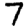
Digit: 7